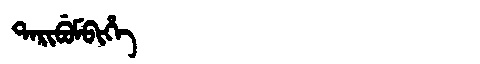
Manchu: ᡨᠠᡵᡳᠪᡠᠮᠪᡳᡥᡝ
Romanization: TARIBUMBIHE